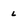
Character: l